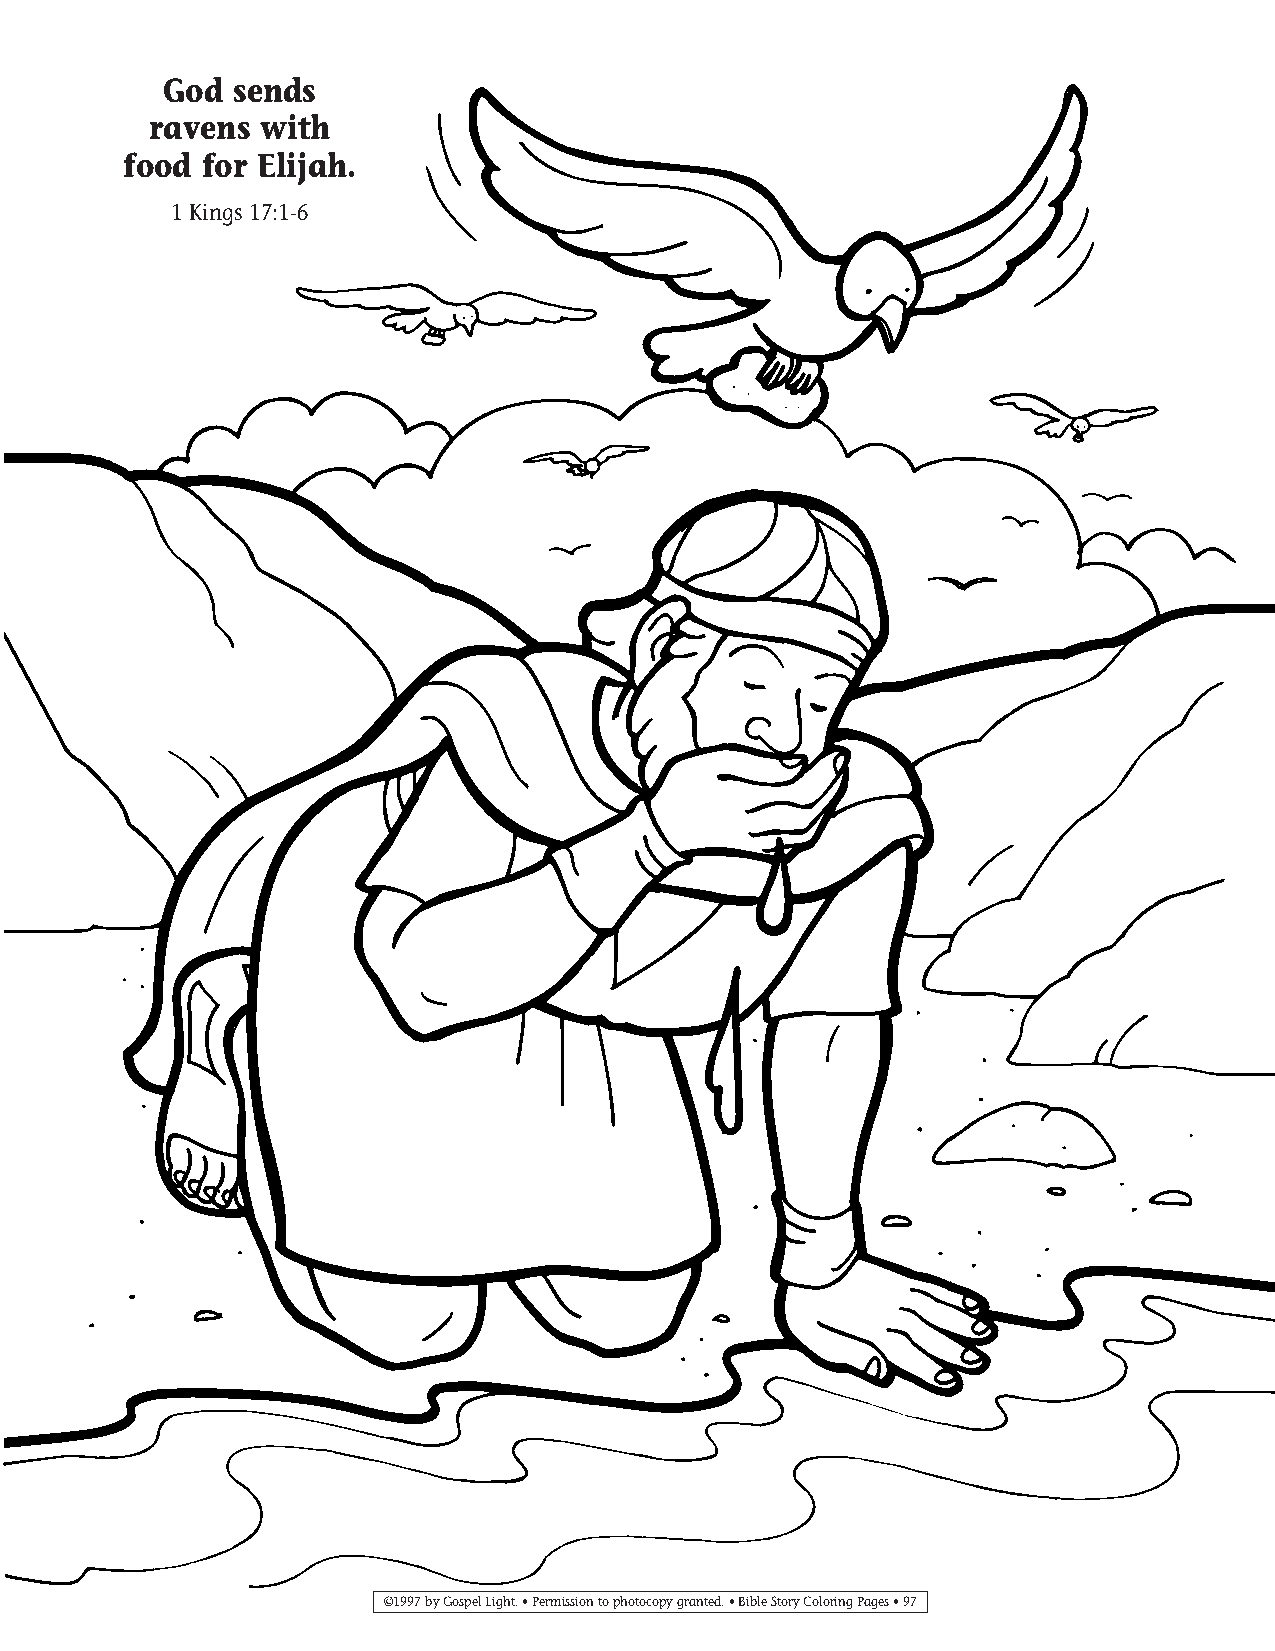
095-124 Coloring pgs_095-124 Coloring pgs 2/19/14 11:48 AM Page 97
 God  sends
 ravens  with
 food for Elijah.
 1 Kings 17:1-6
 ©1997 by Gospel Light. • Permission to photocopy granted. • Bible Story Coloring Pages • 97